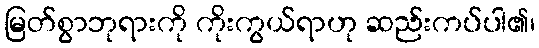
မြတ်စွာဘုရားကို ကိုးကွယ်ရာဟု ဆည်းကပ်ပါ၏၊